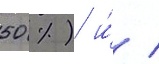
50 %) и́ /